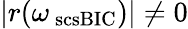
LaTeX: |r(\omega_{\mathrm{\ scs{BIC}}})|\ne 0